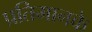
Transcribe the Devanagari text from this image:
प्रतिमानके